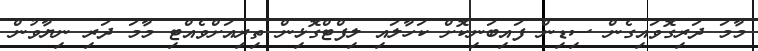
މާމަ ދަރިގޮވައިގެން ސިޑިން ފައިބަނިކޮށް ކަހާލައި ލިފްޓްގޮޅިން ތިރިއަށްވެއްޓި މާމަ ދަރި ނިޔާވުން